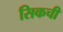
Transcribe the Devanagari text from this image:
सिकची